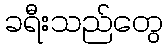
ခရီးသည်တွေ